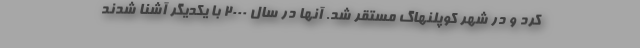
کرد و در شهر کوپلنهاگ مستقر شد. آنها در سال ۲۰۰۰ با یکدیگر آشنا شدند